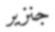
جنزير